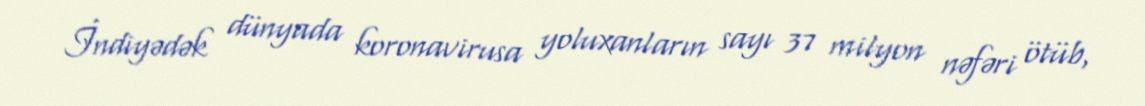
İndiyədək dünyada koronavirusa yoluxanların sayı 37 milyon nəfəri ötüb,